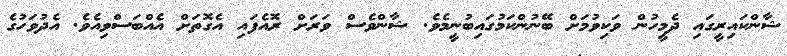
ޝާންކައިރީގައި ދެމީހުން ވަކިވުމަށް ބޭނުންކަމުގައިބުނީމެވެ. ޝާންވެސް ވަރަށް ރޮއެފައި އެގޮތަށް އެއްބަސްވިއެވެ. އެދުވަހުގެ